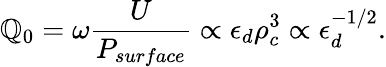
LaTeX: \mathbb{Q}_{0}=\omega\frac{{U}}{{P_{surface}}}\propto\epsilon_{d}\rho_{c}^{3}\propto\epsilon_{d}^{-1/2}.